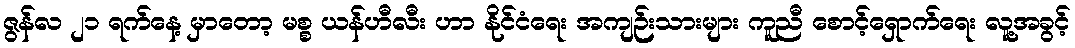
ဇွန်လ ၂၁ ရက်နေ့ မှာတော့ မစ္စ ယန်ဟီလီး ဟာ နိုင်ငံရေး အကျဉ်းသားများ ကူညီ စောင့်ရှောက်ရေး လူ့အခွင့်